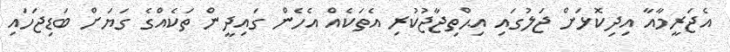
އެޖަރީމާއާ އިދިކޮޅަށް ޖަލުގައި އިޙްތިޖާޖުކުރި އެތަކެއް އެހެން ގައިދީން ތަކެއްގެ ގަޔަށް ބަޑިޖަހައި